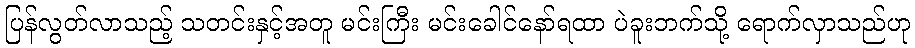
ပြန်လွတ်လာသည့် သတင်းနှင့်အတူ မင်းကြီး မင်းခေါင်နော်ရထာ ပဲခူးဘက်သို့ ရောက်လှာသည်ဟု